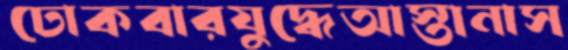
ঢোকবারযুদ্ধেআস্তানাস